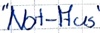
Text: "Not-Aus"